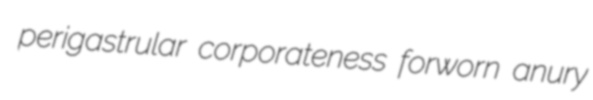
perigastrular corporateness forworn anury